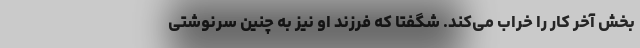
بخش آخر کار را خراب می‌کند. شگفتا که فرزند او نیز به چنین سرنوشتی